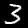
Label: 3